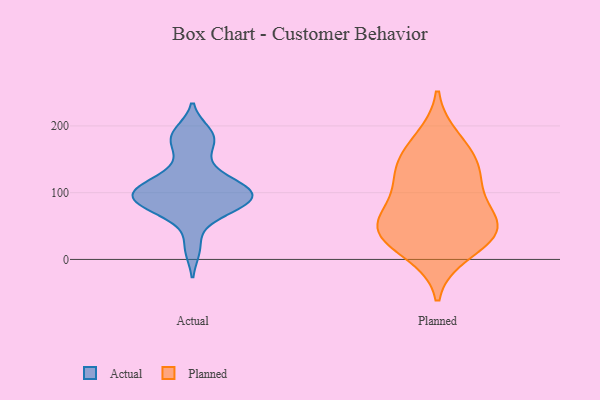
{"axis": {"x": "Tickets Resolved", "y": "Value"}, "legend": ["Actual", "Planned"], "data": [{"x": "", "y": 94, "type": "Actual"}, {"x": "", "y": 100, "type": "Actual"}, {"x": "", "y": 74, "type": "Actual"}, {"x": "", "y": 93, "type": "Actual"}, {"x": "", "y": 107, "type": "Actual"}, {"x": "", "y": 113, "type": "Actual"}, {"x": "", "y": 71, "type": "Actual"}, {"x": "", "y": 83, "type": "Actual"}, {"x": "", "y": 140, "type": "Actual"}, {"x": "", "y": 182, "type": "Actual"}, {"x": "", "y": 175, "type": "Actual"}, {"x": "", "y": 93, "type": "Actual"}, {"x": "", "y": 111, "type": "Actual"}, {"x": "", "y": 17, "type": "Actual"}, {"x": "", "y": 190, "type": "Actual"}, {"x": "", "y": 148, "type": "Planned"}, {"x": "", "y": 104, "type": "Planned"}, {"x": "", "y": 179, "type": "Planned"}, {"x": "", "y": 52, "type": "Planned"}, {"x": "", "y": 11, "type": "Planned"}, {"x": "", "y": 34, "type": "Planned"}, {"x": "", "y": 48, "type": "Planned"}, {"x": "", "y": 144, "type": "Planned"}, {"x": "", "y": 115, "type": "Planned"}, {"x": "", "y": 49, "type": "Planned"}, {"x": "", "y": 52, "type": "Planned"}]}